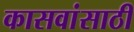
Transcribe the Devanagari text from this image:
कासवांसाठी